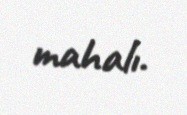
mahalı.